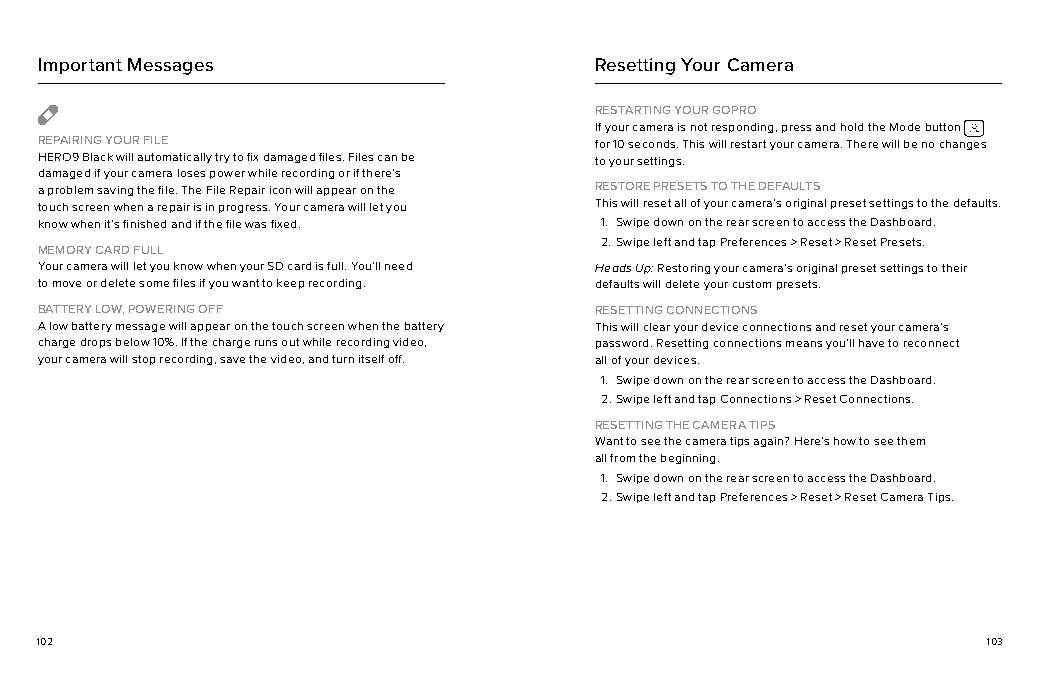
Important Messages                  Resetting Your Camera
 RESTARTING YOUR GOPRO
 If your camera is not responding, press and hold the Mode button
 REPAIRING YOUR FILE                  for 10 seconds. This will restart your camera. There will be no changes
 HERO9 Black will automatically try to fix damaged files. Files can be to your settings.
 damaged if your camera loses power while recording or if there’s
 a problem saving the file. The File Repair icon will appear on the RESTORE PRESETS TO THE DEFAULTS
 touch screen when a repair is in progress. Your camera will let you This will reset all of your camera’s original preset settings to the defaults.
 know when it’s finished and if the file was fixed. 1. Swipe down on the rear screen to access the Dashboard.
 2. Swipe left and tap Preferences > Reset > Reset Presets.
 MEMORY CARD FULL
 Your camera will let you know when your SD card is full. You’ll need Heads Up: Restoring your camera’s original preset settings to their
 to move or delete some files if you want to keep recording. defaults will delete your custom presets.
 BATTERY LOW, POWERING OFF            RESETTING CONNECTIONS
 A low battery message will appear on the touch screen when the battery This will clear your device connections and reset your camera’s
 charge drops below 10%. If the charge runs out while recording video, password. Resetting connections means you’ll have to reconnect
 your camera will stop recording, save the video, and turn itself off. all of your devices.
 1. Swipe down on the rear screen to access the Dashboard.
 2. Swipe left and tap Connections > Reset Connections.
 RESETTING THE CAMERA TIPS
 Want to see the camera tips again? Here’s how to see them
 all from the beginning.
 1. Swipe down on the rear screen to access the Dashboard.
 2. Swipe left and tap Preferences > Reset > Reset Camera Tips.
 102                                                            103